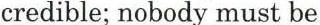
credible; nobody must be